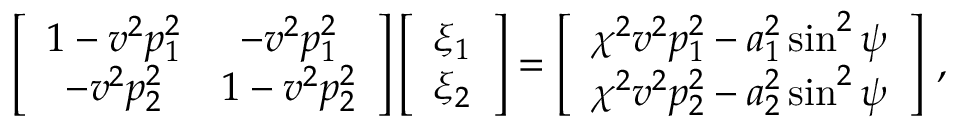
\left[ \begin{array} { c c } { 1 - v ^ { 2 } p _ { 1 } ^ { 2 } } & { - v ^ { 2 } p _ { 1 } ^ { 2 } } \\ { - v ^ { 2 } p _ { 2 } ^ { 2 } } & { 1 - v ^ { 2 } p _ { 2 } ^ { 2 } } \end{array} \right] \left[ \begin{array} { c } { \xi _ { 1 } } \\ { \xi _ { 2 } } \end{array} \right] = \left[ \begin{array} { c } { \chi ^ { 2 } v ^ { 2 } p _ { 1 } ^ { 2 } - a _ { 1 } ^ { 2 } \sin ^ { 2 } \psi } \\ { \chi ^ { 2 } v ^ { 2 } p _ { 2 } ^ { 2 } - a _ { 2 } ^ { 2 } \sin ^ { 2 } \psi } \end{array} \right] \, ,